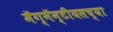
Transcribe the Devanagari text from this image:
मॅग्नॅन्टीयसच्या